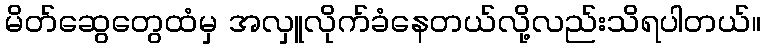
မိတ်ဆွေတွေထံမှ အလှူလိုက်ခံနေတယ်လို့လည်းသိရပါတယ်။